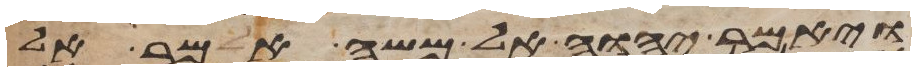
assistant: ויאמר יהוה אל משה אמר אל